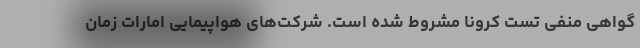
گواهی منفی تست کرونا مشروط شده است. شرکت‌های هواپیمایی امارات زمان